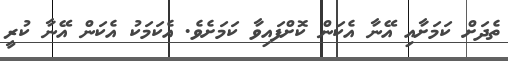
ތެދަށް ކަމަށާއި އޭނާ އެކަން ކޮށްފައިވާ ކަމަށެވެ. އެކަމަކު އެކަން އޭނާ ކުރީ